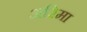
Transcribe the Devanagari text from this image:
अरिमा